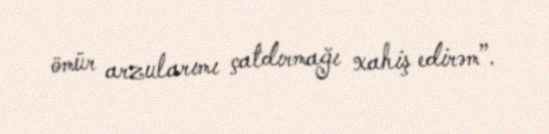
ömür arzularımı çatdırmağı xahiş edirəm”.